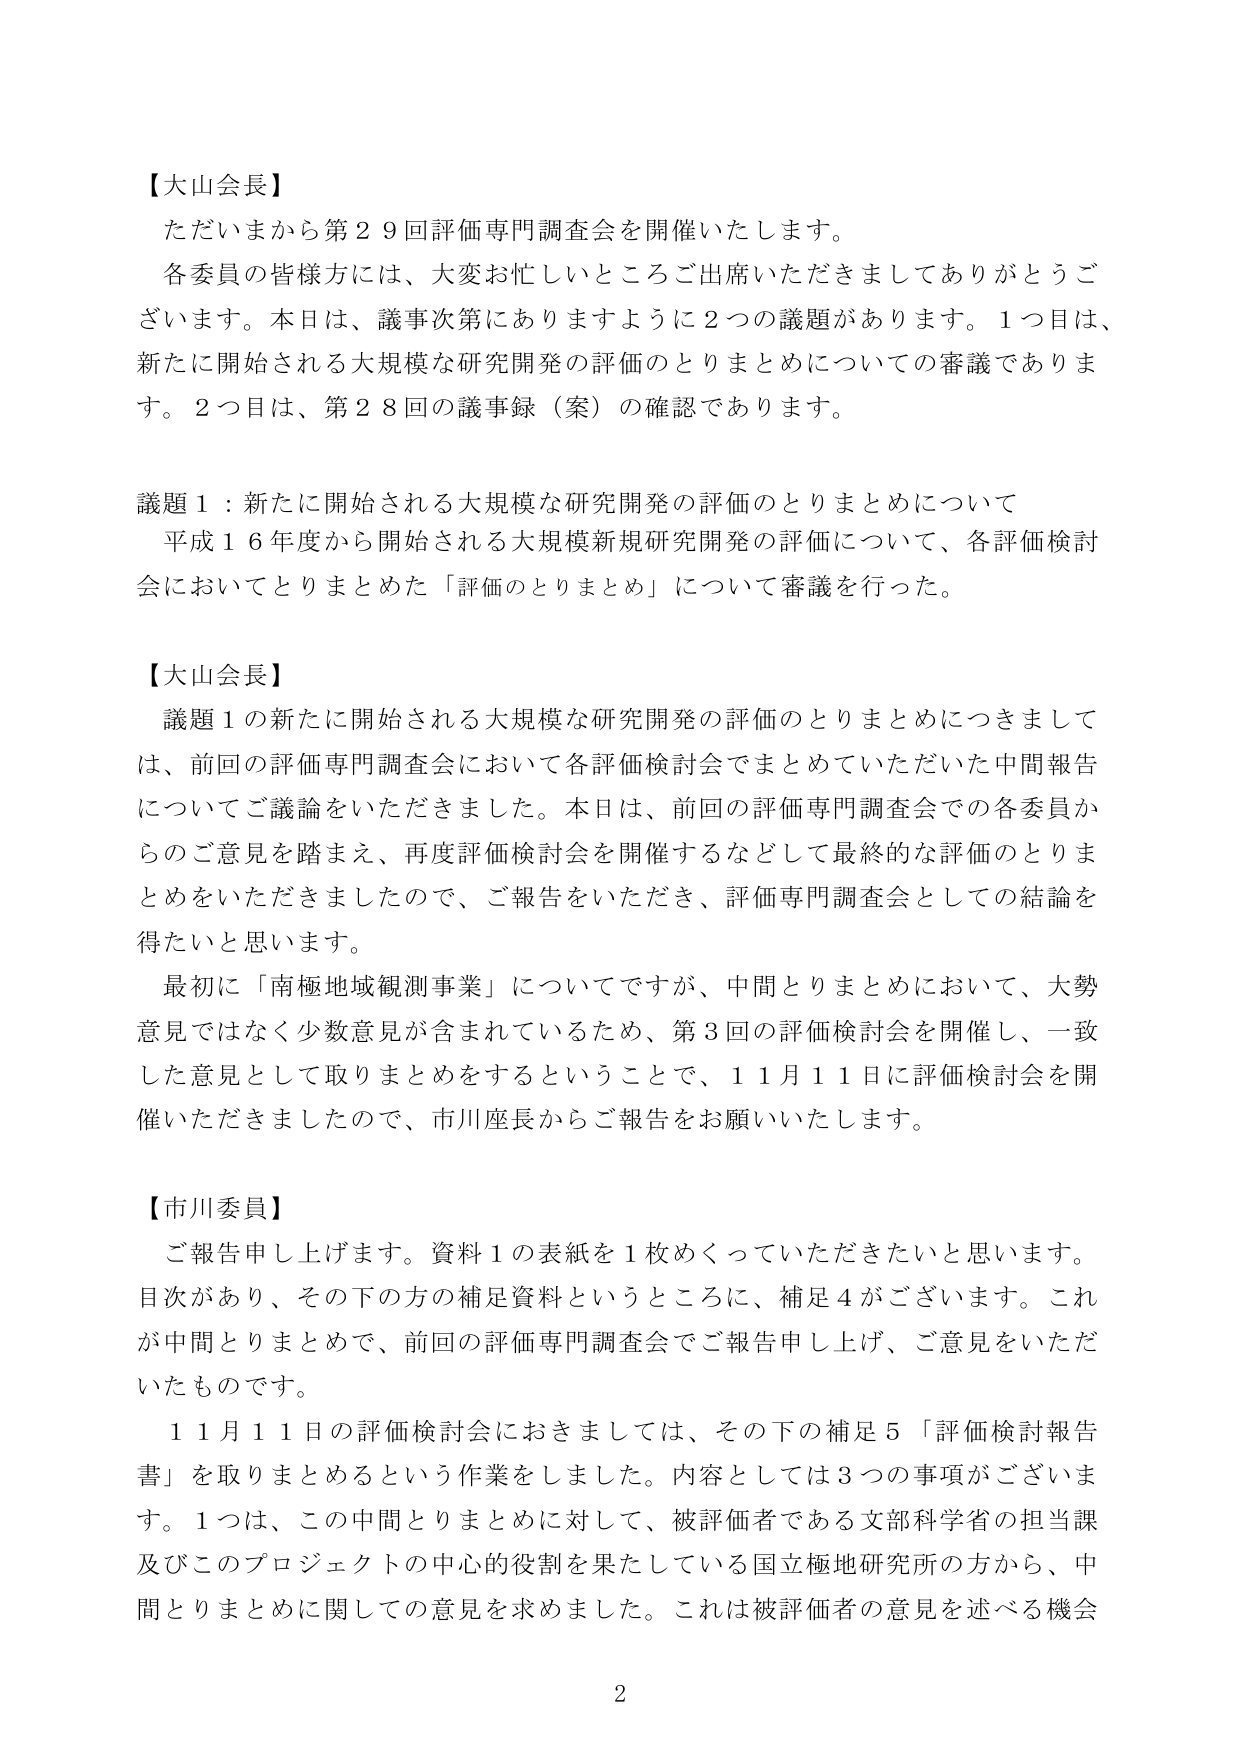
【大山会長】
ただいまから第２９回評価専門調査会を開催いたします。
各委員の皆様方には、大変お忙しいところご出席いただきましてありがとうございます。本日は、議事次第にありますように２つの議題があります。１つ目は、新たに開始される大規模な研究開発の評価のとりまとめについての審議であります。２つ目は、第２８回の議事録（案）の確認であります。

議題１：新たに開始される大規模な研究開発の評価のとりまとめについて
平成１６年度から開始される大規模新規研究開発の評価について、各評価検討会においてとりまとめた「評価のとりまとめ」について審議を行った。

【大山会長】
議題１の新たに開始される大規模な研究開発の評価のとりまとめにつきましては、前回の評価専門調査会において各評価検討会でまとめていただいた中間報告についてご議論をいただきました。本日は、前回の評価専門調査会での各委員からのご意見を踏まえ、再度評価検討会を開催するなどして最終的な評価のとりまとめをいただきましたので、ご報告をいただき、評価専門調査会としての結論を得たいと思います。
最初に「南極地域観測事業」についてですが、中間とりまとめにおいて、大勢意見ではなく少数意見が含まれているため、第３回の評価検討会を開催し、一致した意見として取りまとめをするということで、１月１１日に評価検討会を開催いただきましたので、市川座長からご報告をお願いいたします。

【市川委員】
ご報告申し上げます。資料１の表紙を１枚めくっていただきたいと思います。目次があり、その下の方の補足資料というところに、補足４がございます。これが中間とりまとめで、前回の評価専門調査会でご報告申し上げ、ご意見をいただいたものです。
１１月１１日の評価検討会におきましては、その下の補足５「評価検討報告書」を取りまとめるという作業をしました。内容としては３つの事項がございます。１つは、この中間とりまとめに対して、被評価者である文部科学省の担当課及びこのプロジェクトの中心的役割を果たしている国立極地研究所の方から、中間とりまとめに関しての意見を求めました。これは被評価者の意見を述べる機会

2